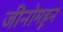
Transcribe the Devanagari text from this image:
जीनोमहून